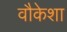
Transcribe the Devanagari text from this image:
वौकेशा